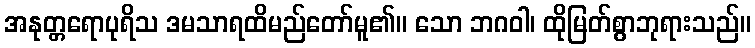
အနုတ္တရောပုရိသ ဒမသာရထိမည်တော်မူ၏။ သော ဘဂဝါ၊ ထိုမြတ်စွာဘုရားသည်။